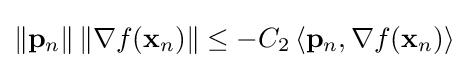
\|\mathbf {p} _{n}\|\,\|\nabla f(\mathbf {x} _{n})\|\leq -C_{2}\,\langle \mathbf {p} _{n},\nabla f(\mathbf {x} _{n})\rangle